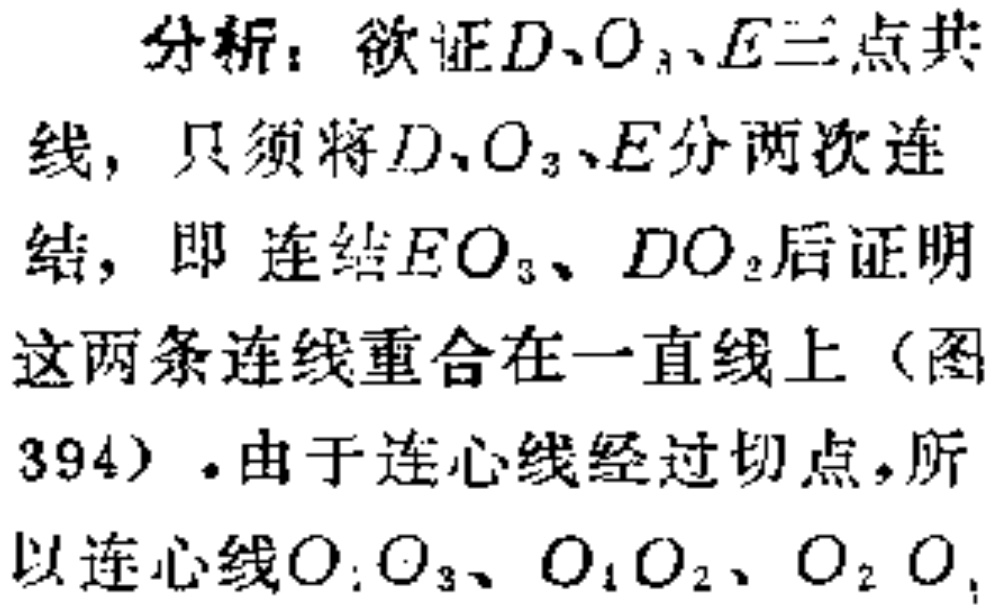
分析：欲证\(D、O_{3}、E\)三点共
线，只须将\(D、O_{3}、E\)分两次连
结，即 连结\(EO_{3}、DO_{2}\)后证明
这两条连线重合在一直线上（图
394）.由于连心线经过切点，所
以连心线\(O_{1}O_{3}、O_{1}O_{2}、O_{2}O_{1}\)